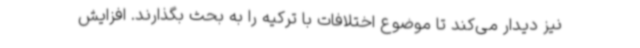
نیز دیدار می‌کند تا موضوع اختلافات با ترکیه را به بحث بگذارند. افزایش